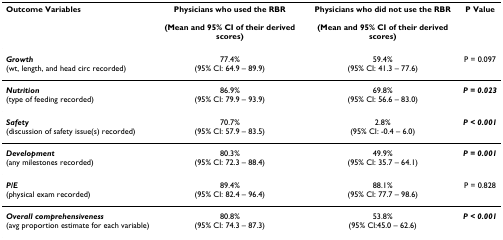
| Outcome Variables | Physicians who used the RBR(Mean and 95% CI of their derived scores) | Physicians who did not use the RBR(Mean and 95% CI of their derived scores) | P Value |
 | --- | --- | --- | --- |
 | Growth(wt, length, and head circ recorded) | 77.4%(95% CI: 64.9 – 89.9) | 59.4%(95% CI: 41.3 – 77.6) | P = 0.097 |
 | Nutrition(type of feeding recorded) | 86.9%(95% CI: 79.9 – 93.9) | 69.8%(95% CI: 56.6 – 83.0) | P = 0.023 |
 | Safety(discussion of safety issue(s) recorded) | 70.7%(95% CI: 57.9 – 83.5) | 2.8%(95% CI: -0.4 – 6.0) | P < 0.001 |
 | Development(any milestones recorded) | 80.3%(95% CI: 72.3 – 88.4) | 49.9%(95% CI: 35.7 – 64.1) | P = 0.001 |
 | P/E(physical exam recorded) | 89.4%(95% CI: 82.4 – 96.4) | 88.1%(95% CI: 77.7 – 98.6) | P = 0.828 |
 | Overall comprehensiveness(avg proportion estimate for each variable) | 80.8%(95% CI: 74.3 – 87.3) | 53.8%(95% CI:45.0 – 62.6) | P < 0.001 |